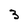
Character: 3